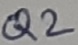
Text: Q2